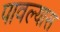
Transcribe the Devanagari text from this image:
पावल्यास